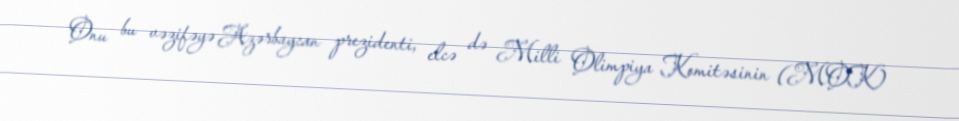
Onu bu vəzifəyə Azərbaycan prezidenti, elcə də Milli Olimpiya Komitəsinin (MOK)